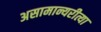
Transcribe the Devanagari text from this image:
असामान्यरीत्या